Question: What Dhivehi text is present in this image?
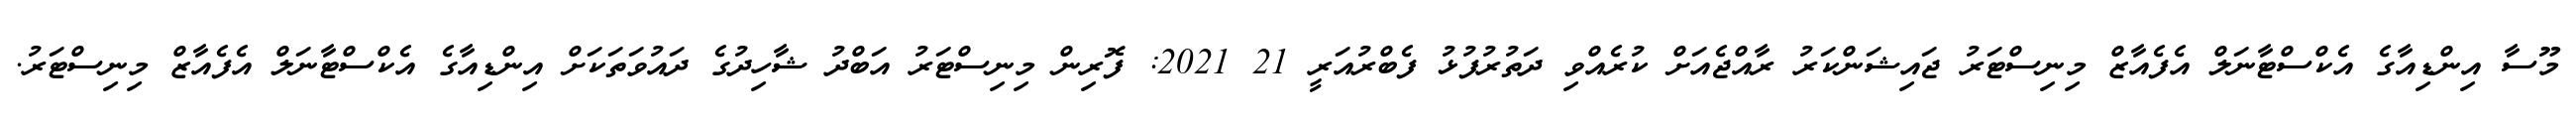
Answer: މޫސާ އިންޑިއާގެ އެކްސްޓާނަލް އެފެއާޒް މިނިސްޓަރު ޖައިޝަންކަރު ރާއްޖެއަށް ކުރެއްވި ދަތުރުފުޅު ފެބްރުއަރީ 21 2021: ފޮރިން މިނިސްޓަރު އަބްދު ޝާހިދުގެ ދައުވަތަކަށް އިންޑިއާގެ އެކްސްޓާނަލް އެފެއާޒް މިނިސްޓަރު.